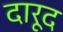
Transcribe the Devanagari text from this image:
दारूद